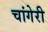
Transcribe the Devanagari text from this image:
चांगेरी